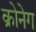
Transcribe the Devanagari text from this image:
क्रोनेग